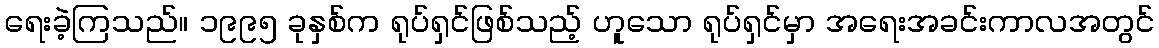
ရေးခဲ့ကြသည်။ ၁၉၉၅ ခုနှစ်က ရုပ်ရှင်ဖြစ်သည့် ဟူသော ရုပ်ရှင်မှာ အရေးအခင်းကာလအတွင်